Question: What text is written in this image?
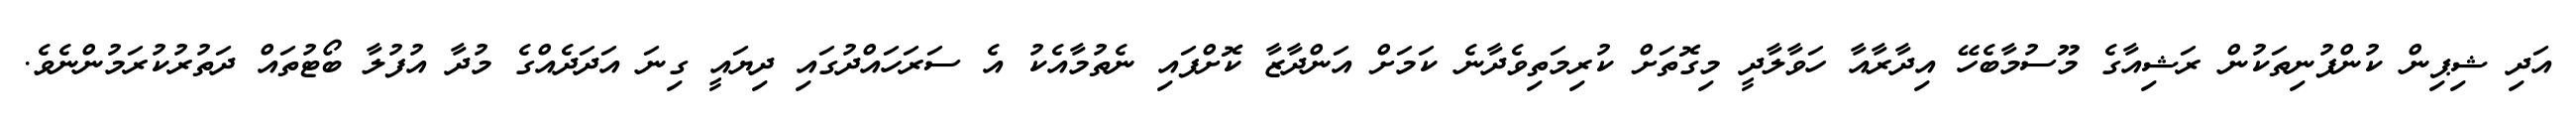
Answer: އަދި ޝިޕިން ކުންފުނިތަކުން ރަޝިއާގެ މޫސުމާބެހޭ އިދާރާއާ ހަވާލާދީ މިގޮތަށް ކުރިމަތިވެދާނެ ކަމަށް އަންދާޒާ ކޮށްފައި ނެތުމާއެކު އެ ސަރަހައްދުގައި ދިޔައީ ގިނަ އަދަދެއްގެ މުދާ އުފުލާ ބޯޓުތައް ދަތުރުކުރަމުންނެވެ.